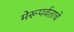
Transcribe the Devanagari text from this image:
मेरूपर्वताचे